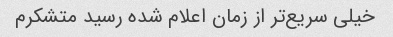
خیلی سریع‌تر از زمان اعلام شده رسید متشکرم